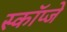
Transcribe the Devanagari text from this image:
स्कॉप्जे